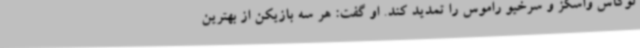
لوکاس واسکز و سرخیو راموس را تمدید کند. او گفت: هر سه بازیکن از بهترین